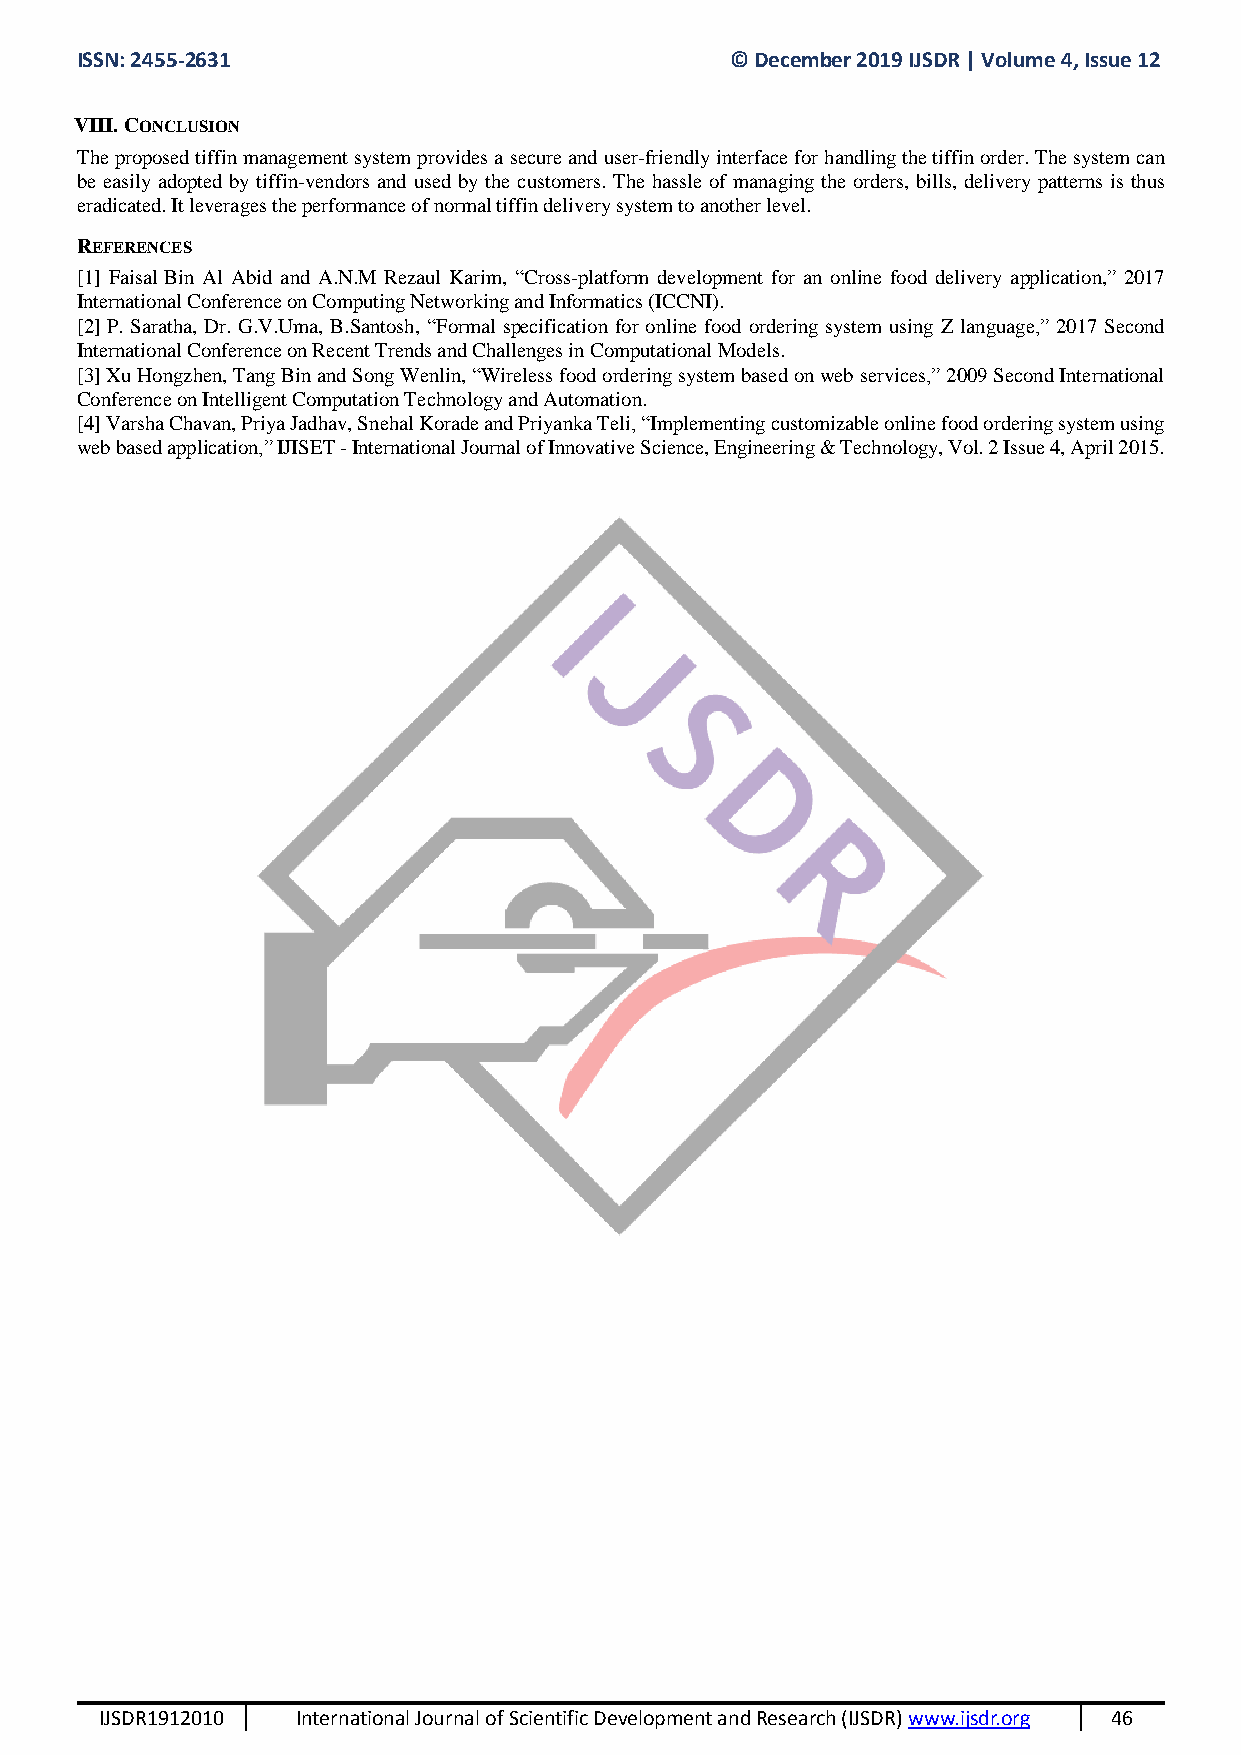
ISSN: 2455-2631                            © December 2019 IJSDR | Volume 4, Issue 12
 VIII. CONCLUSION
 The proposed tiffin management system provides a secure and user-friendly interface for handling the tiffin order. The system can
 be easily adopted by tiffin-vendors and used by the customers. The hassle of managing the orders, bills, delivery patterns is thus
 eradicated. It leverages the performance of normal tiffin delivery system to another level.
 REFERENCES
 [1] Faisal Bin Al Abid and A.N.M Rezaul Karim, “Cross-platform development for an online food delivery application,” 2017
 International Conference on Computing Networking and Informatics (ICCNI).
 [2] P. Saratha, Dr. G.V.Uma, B.Santosh, “Formal specification for online food ordering system using Z language,” 2017 Second
 International Conference on Recent Trends and Challenges in Computational Models.
 [3] Xu Hongzhen, Tang Bin and Song Wenlin, “Wireless food ordering system based on web services,” 2009 Second International
 Conference on Intelligent Computation Technology and Automation.
 [4] Varsha Chavan, Priya Jadhav, Snehal Korade and Priyanka Teli, “Implementing customizable online food ordering system using
 web based application,” IJISET - International Journal of Innovative Science, Engineering & Technology, Vol. 2 Issue 4, April 2015.
 IJSDR1912010 International Journal of Scientific Development and Research (IJSDR) www.ijsdr.org 46